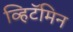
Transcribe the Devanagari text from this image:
व्हिटॅमिन